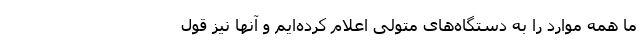
ما همه موارد را به دستگاه‌های متولی اعلام کرده‌ایم و آنها نیز قول